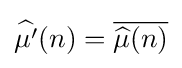
{\widehat {\mu '}}(n)={\overline {{\widehat {\mu }}(n)}}